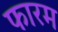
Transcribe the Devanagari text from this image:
फारम